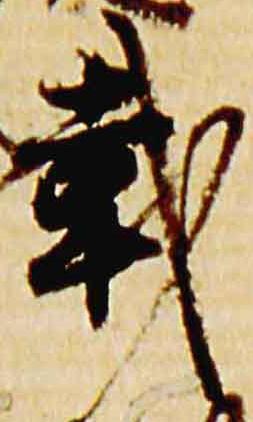
載